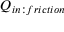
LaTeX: Q _ { i n : f r i c t i o n }